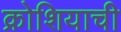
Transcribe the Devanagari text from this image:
क्रोशियाची